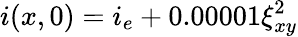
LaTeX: i(x,0)=i_{e}+0.00001\xi_{xy}^{2}